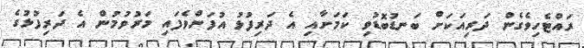
ރައްޓެހިވެގެން ދަރިއަކަށް ބަނޑުބޮޑުވި ކަމަށާއި އެ ދަރިފުޅު އުފަންވެފައި މަރުވުމުން އެ ދަރިފުޅުގެ